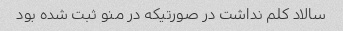
سالاد کلم نداشت در صورتیکه در منو ثبت شده بود